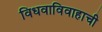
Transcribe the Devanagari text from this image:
विधवाविवाहाची